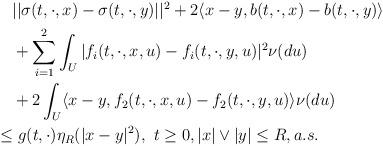
LaTeX: \begin{align*}\aligned&\quad||\sigma(t,\cdot,x)-\sigma(t,\cdot,y)||^2+2\langle x-y,b(t,\cdot,x)-b(t,\cdot,y)\rangle\\&\quad+\sum_{i=1}^2\int_U|f_i(t,\cdot,x,u)-f_i(t,\cdot,y,u)|^2\nu(du)\\&\quad+2\int_U\langle x-y,f_2(t,\cdot,x,u)-f_2(t,\cdot,y,u)\rangle\nu(du)\\&\le g(t,\cdot)\eta_R(|x-y|^2),\ t\ge 0, |x|\vee|y|\le R, a.s.\endaligned\end{align*}